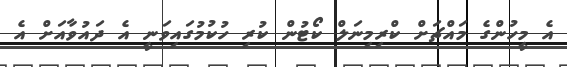
އެ މީހުންގެ މައްޗަށް ކްރިމިނަލް ކޯޓުން ކުރި ހުކުމުގައިވަނީ އެ ދައުވާއަށް އެ